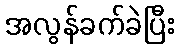
အလွန်ခက်ခဲပြီး